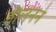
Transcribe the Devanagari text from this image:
हौलनने